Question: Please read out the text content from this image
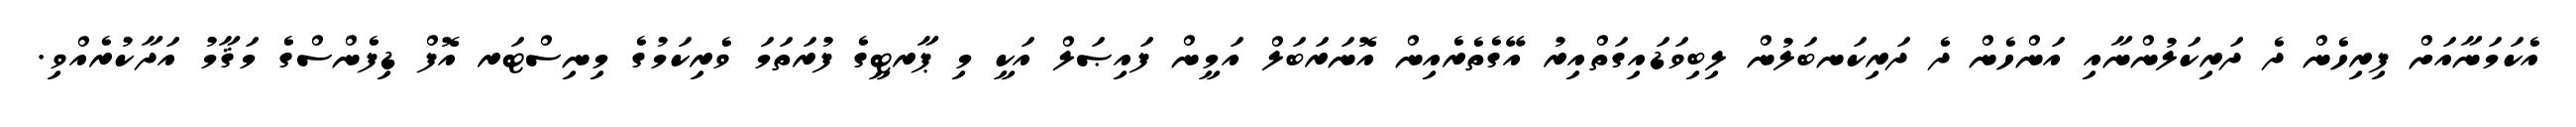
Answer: އެކަމަނާއަށް ފިރިހެން ދެ ދަރިކަލުންނާއި އަންހެން ދެ ދަރިކަނބަލުން ލިބިވަޑައިގަތްއިރު އޭގެތެރެއިން އޮނަރަބަލް އަމީން ފައިޞަލް އަކީ މި ޕާރޓީގެ ފުރަތަމަ ވެރިކަމުގެ މިނިސްޓަރ އޮފް ޑިފެންސްގެ މަޤާމު އަދާކުރެއްވި.